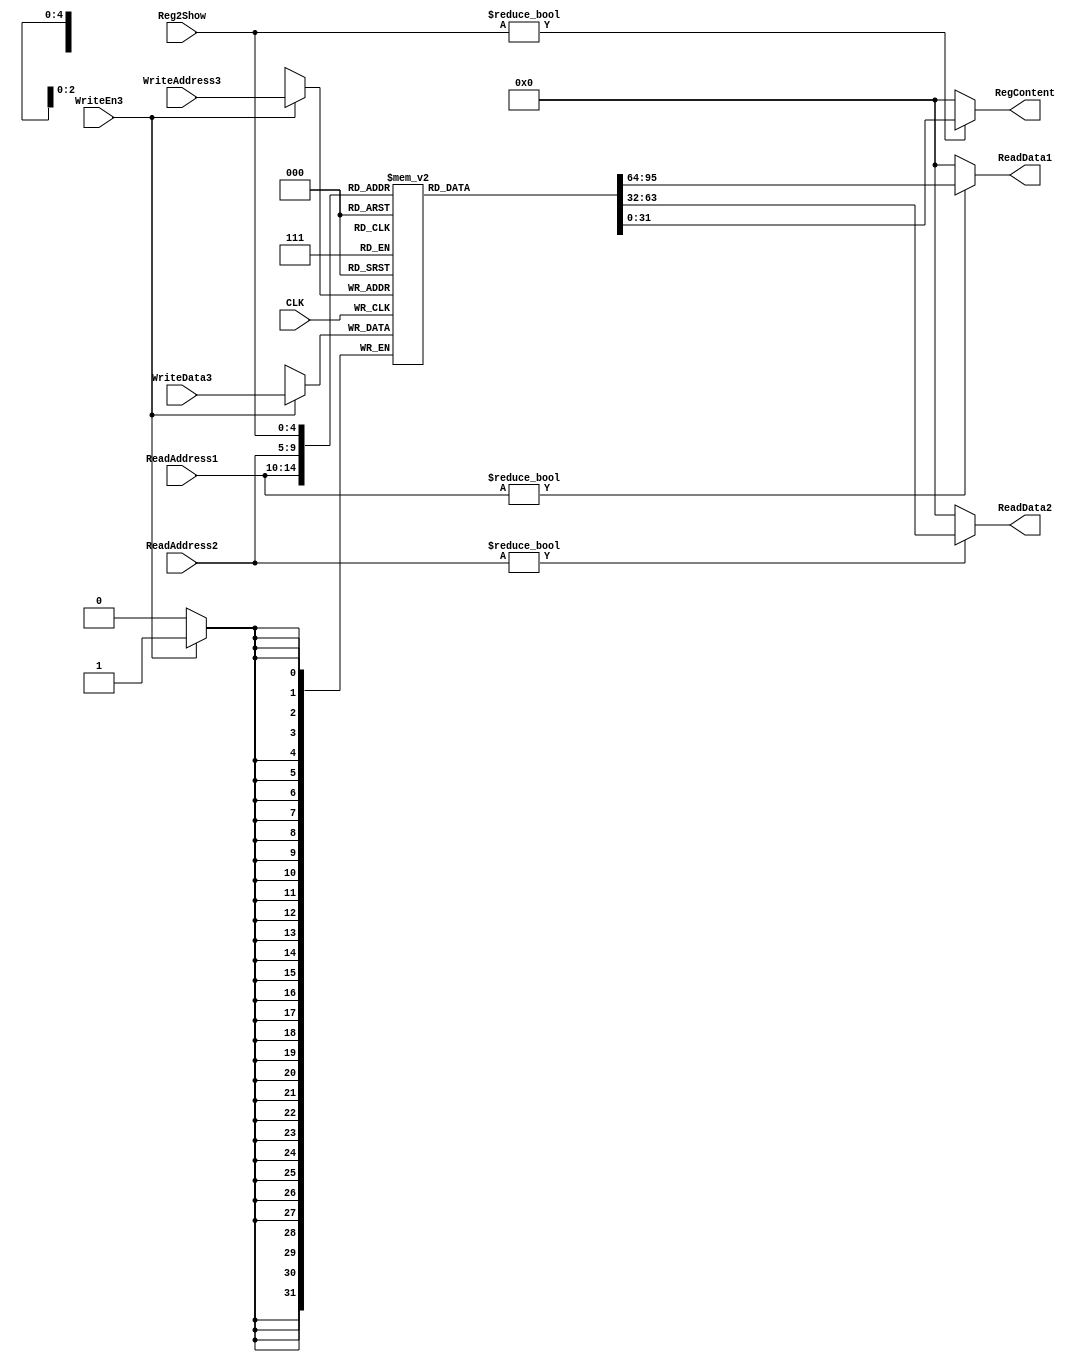
`timescale 1ns / 1ps
//////////////////////////////////////////////////////////////////////////////////
// Company: 
// Engineer: 
// 
// Design Name: 
// Module Name: RegFile
// Project Name: 
// Target Devices: 
// Tool Versions: 
// Description: 
// 
// Dependencies: 
// 
// Revision:
// Revision 0.01 - File Created
// Additional Comments:
// 
//////////////////////////////////////////////////////////////////////////////////


module RegFile(CLK, WriteEn3, ReadAddress1, ReadAddress2, WriteAddress3, WriteData3, 
				ReadData1, ReadData2, 
				Reg2Show, RegContent);
	input CLK; //clock
	input WriteEn3; //write enable 
	input [4:0] ReadAddress1; //readAddress1
	input [4:0] ReadAddress2; //readAddress2
	input [4:0] WriteAddress3; // writeAddress3
	input [31:0] WriteData3; // writeData3
	output [31:0] ReadData1; //readData1
	output [31:0] ReadData2; //readData2
	input [4:0] Reg2Show;//regfile
	output [31:0] RegContent;//reg file
	
	reg [31:0] REG[31:0];//32 32-bit registers;
	reg [6:0] j;
	initial
	begin
	    for (j = 0; j < 32; j = j + 1) 
	        REG[j] <= 0;
	end
	always @(posedge CLK)
		if(WriteEn3) REG[WriteAddress3] <= WriteData3;
	
	/* tips: $t0 always zero here, so if ReadAddress = 0, just return 0;
	 */
	assign ReadData1 = (ReadAddress1 != 0) ? REG[ReadAddress1] : 0;
	assign ReadData2 = (ReadAddress2 != 0) ? REG[ReadAddress2] : 0;
	assign RegContent = (Reg2Show != 0) ? REG[Reg2Show] : 0;
endmodule